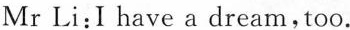
Mr Li: I have a dream,too.